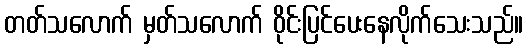
တတ်သလောက် မှတ်သလောက် ဝိုင်းပြင်ပေးနေလိုက်သေးသည်။